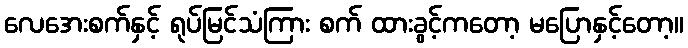
လေအေးစက်နှင့် ရုပ်မြင်သံကြား စက် ထားခွင့်ကတော့ မပြောနှင့်တော့။